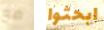
مع ابحثوا